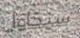
سيحاول